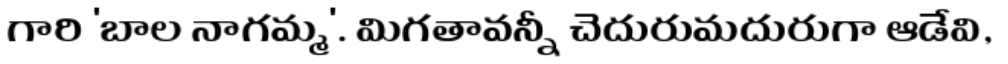
గారి 'బాల నాగమ్మ'. మిగతావన్నీ చెదురుమదురుగా ఆడేవి,